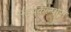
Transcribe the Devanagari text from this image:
सहप्रकल्पास